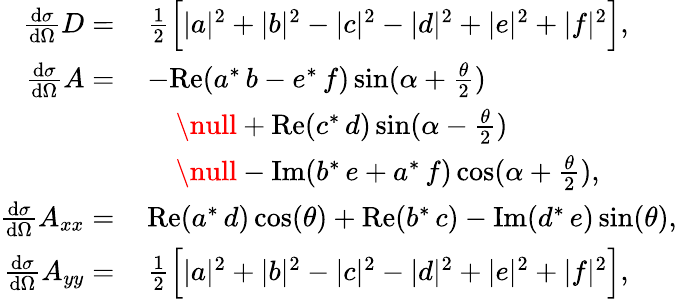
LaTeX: \begin{array}{rl}{\frac{\textup{d}\sigma}{\textup{d}\Omega}D=\, }&{\frac{1}{2}\Big[|a|^{2}+|b|^{2}-|c|^{2}-|d|^{2}+|e|^{2}+|f|^{2}\Big],}\\ {\frac{\textup{d}\sigma}{\textup{d}\Omega}A=\, }&{-\mathrm{Re}(a^{*}\, b-e^{*}\, f)\sin(\alpha+\frac{\theta}{2})}\\ &{\quad\null+\mathrm{Re}(c^{*}\, d)\sin(\alpha-\frac{\theta}{2})}\\ &{\quad\null-\mathrm{Im}(b^{*}\, e+a^{*}\, f)\cos(\alpha+\frac{\theta}{2}),}\\ {\frac{\textup{d}\sigma}{\textup{d}\Omega}A_{xx}=\, }&{\mathrm{Re}(a^{*}\, d)\cos(\theta)+\mathrm{Re}(b^{*}\, c)-\mathrm{Im}(d^{*}\, e)\sin(\theta),}\\ {\frac{\textup{d}\sigma}{\textup{d}\Omega}A_{yy}=\, }&{\frac{1}{2}\Big[|a|^{2}+|b|^{2}-|c|^{2}-|d|^{2}+|e|^{2}+|f|^{2}\Big],}\end{array}